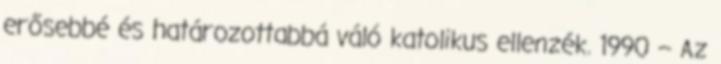
erősebbé és határozottabbá váló katolikus ellenzék. 1990 – Az